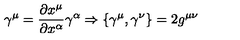
\gamma ^ { \mu } = \frac { \partial x ^ { \mu } } { \partial x ^ { \alpha } } \gamma ^ { \alpha } \Rightarrow \{ \gamma ^ { \mu } , \gamma ^ { \nu } \} = 2 g ^ { \mu \nu }